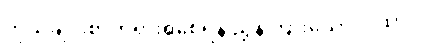
ကိုယ်ချင်းစာတရားရှိစေရန် ညွှန်ကြားသော ဂါထာ။